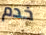
خدم